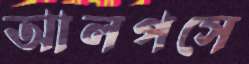
আলপসে